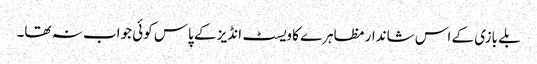
بلے بازی کے اس شاندار مظاہرے کا ویسٹ انڈیز کے پاس کوئی جواب نہ تھا۔